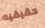
حقيقيه